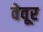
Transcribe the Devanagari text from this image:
वेवूर